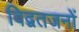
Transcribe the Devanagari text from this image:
विद्वतजनों